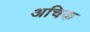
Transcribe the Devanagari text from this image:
अचिक